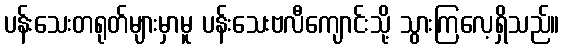
ပန်းသေးတရုတ်များမှာမူ ပန်းသေးဗလီကျောင်းသို့ သွားကြလေ့ရှိသည်။